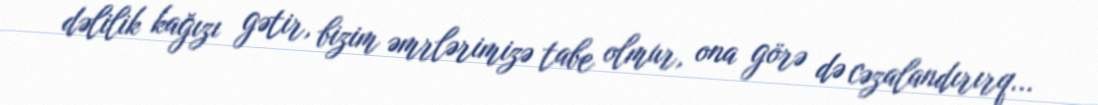
dəlilik kağızı gətir, bizim əmrlərimizə tabe olmur, ona görə də cəzalandırırq...